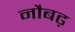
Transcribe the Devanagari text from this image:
नौबढ़